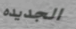
الجديده